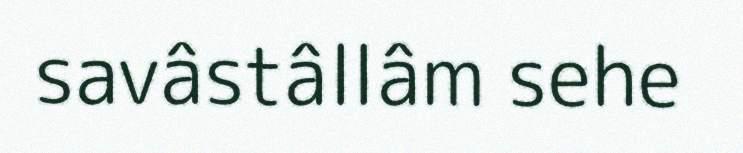
savâstâllâm sehe